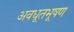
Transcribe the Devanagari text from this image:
अवधूतभूषण